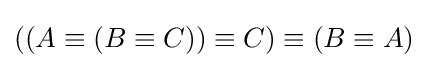
((A\equiv (B\equiv C))\equiv C)\equiv (B\equiv A)